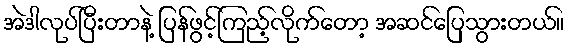
အဲဒါလုပ်ပြီးတာနဲ့ ပြန်ဖွင့်ကြည့်လိုက်တော့ အဆင်ပြေသွားတယ်။